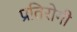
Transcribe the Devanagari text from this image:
प्रतिरोगी